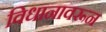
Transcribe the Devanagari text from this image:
विधानावरून